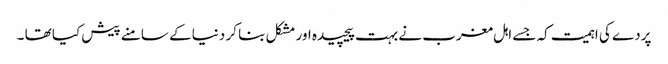
پردے کی اہمیت کہ جسے اہل مغرب نے بہت پیچیدہ اور مشکل بنا کر دنیا کے سامنے پیش کیا تھا ۔